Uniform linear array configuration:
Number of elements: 12
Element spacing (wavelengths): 0.5
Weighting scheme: uniform
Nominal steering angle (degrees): -60
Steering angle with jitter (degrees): -61.648
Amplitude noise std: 0.05
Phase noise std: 0.05

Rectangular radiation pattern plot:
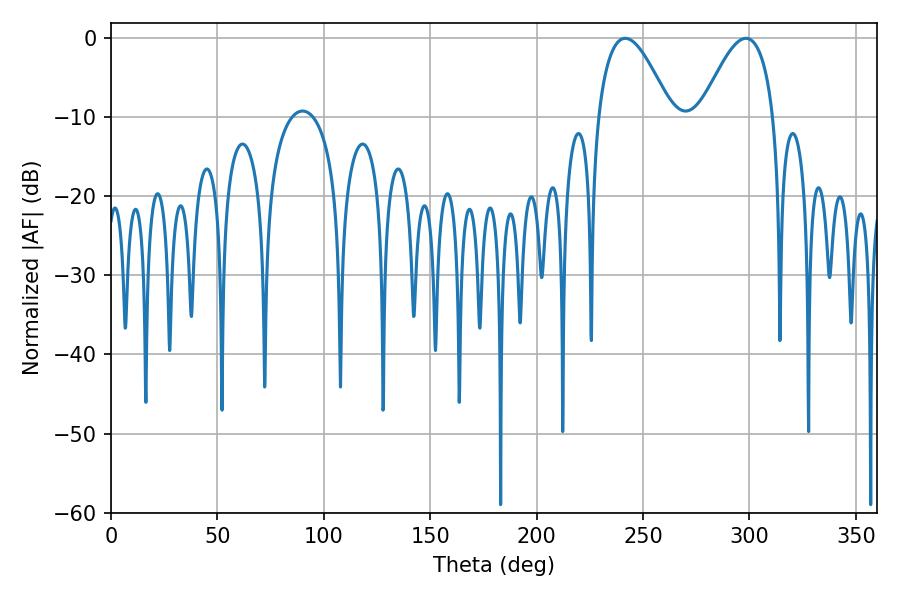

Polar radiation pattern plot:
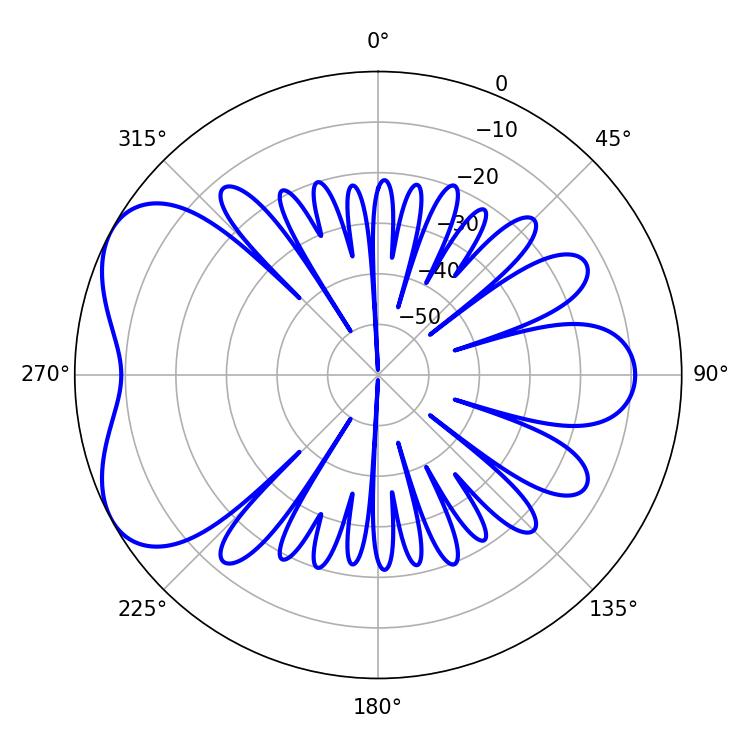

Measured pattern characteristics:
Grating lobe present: FALSE
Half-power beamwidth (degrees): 18.72
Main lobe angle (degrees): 241.56